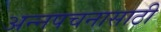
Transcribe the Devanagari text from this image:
अन्‍नपचनासाठी